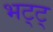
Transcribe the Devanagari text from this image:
भट्ट्